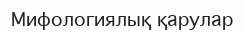
Мифологиялық қарулар